Report on the working of the mental hospitals for Indians in Bihar and Orissa - 1925-1929
Year: 1925
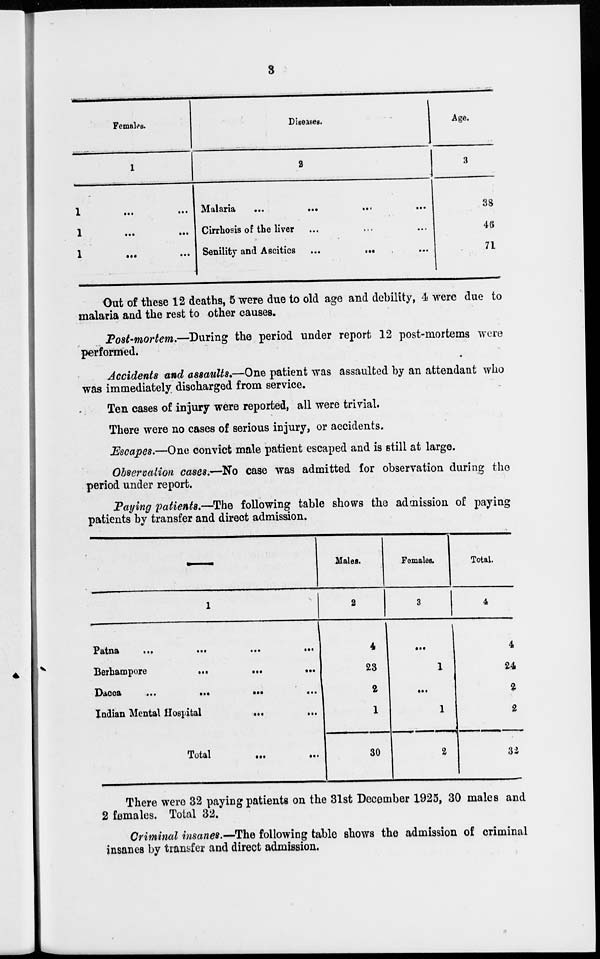
3
Females.
1
1
...
...
1
...
...
1
...
...
Diseases.
2
Malaria
...
... ... ...
Cirrhosis of the liver ... ... ...
Senility and Ascitics
...
... ...
Age.
3
38
46
71
Out of these 12 deaths, 5 were due to old age and debility, 4 were due to
malaria and the rest to other causes.
Post-mortem.—During the period under report 12 post-mortems were
performed.
Accidents and assaults.—One patient was assaulted by an attendant who
was immediately discharged from service.
Ten cases of injury were reported, all were trivial.
There were no cases of serious injury, or accidents.
Escapes.—One convict male patient escaped and is still at large.
Observation cases.—No case was admitted for observation during the
period under report.
Paying patients.—The following table shows the admission of paying
patients by transfer and direct admission.
1
Patna
...
...
...
...
Berhampore
...
...
...
Dacca
...
...
...
...
Indian Mental Hospital
... ...
Total
... ...
Males.
2
4
23
2
1
30
Females.
3
...
1
...
1
2
Total.
4
4
24
2
2
32
There were 32 paying patients on the 31st December 1925, 30 males and
2 females. Total 32.
Criminal insanes.—The following table shows the admission of criminal
insanes by transfer and direct admission.